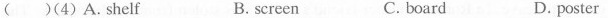
( )(4) A.Shelf B. screen C. board D. poster